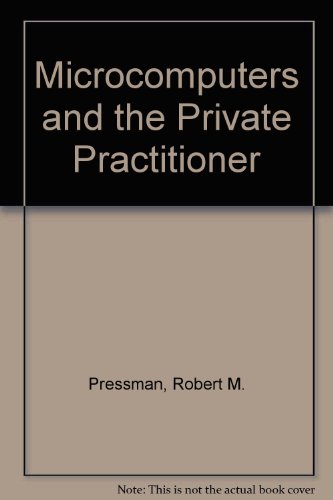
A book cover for Microcomputers and the Private Practitioner; Robert M. Pressman; Medical Books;